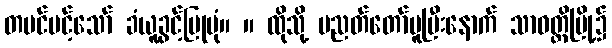
တမင်ပင့်သော် ခံယူခွင့်ပြုပုံ။ ။ ထိုသို့ ပညတ်တော်မူပြီးနောက် သာဝတ္ထိမြို့၌